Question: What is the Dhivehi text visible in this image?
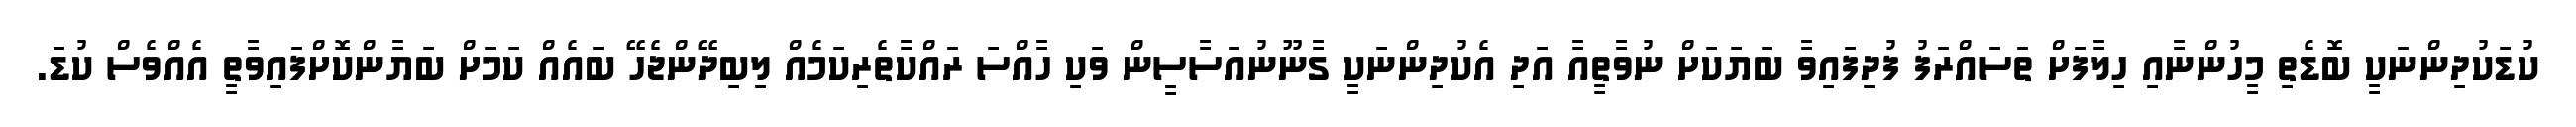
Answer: ކުޑަކުދިންނަކީ ބޮޑެތި މީހުންނާއި ހިލާފަށް ތަސައްރަފު ފުދިފައިވާ ބަޔަކަށް ނުވާތީއާ އަދި އެކުދިންނަކީ ގާނޫނުއަސާސީން ވަކި ހާއްސަ ރައްކާތެރިކަމެއް ލިބިދޭންޖެހޭ ބައެއް ކަމަށް ބަޔާންކޮށްފައިވާތީ އެއްވެސް ކުޑަ.